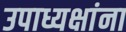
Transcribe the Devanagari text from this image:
उपाध्यक्षांना